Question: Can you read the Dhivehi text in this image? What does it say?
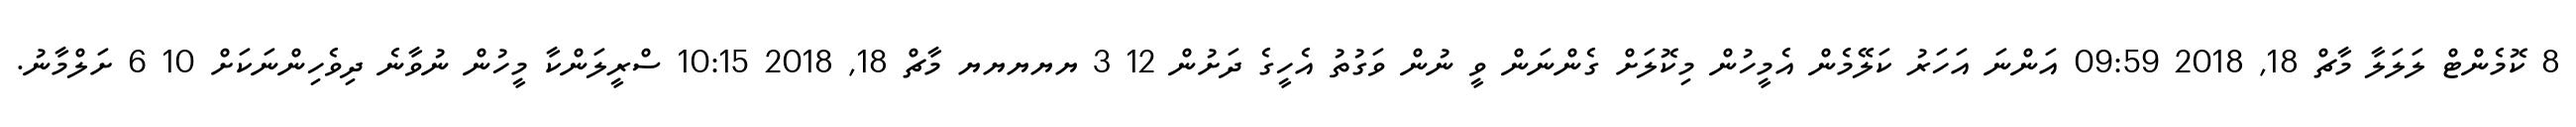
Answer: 8 ކޮމެންޓް ލަލަލާ މާޗް 18, 2018 09:59 އަންނަ އަހަރު ކަލޭމެން އެމީހުން މިކޮލަށް ގެންނަން ވީ ނުން ވަގުތު އެހީގެ ދަށުން 12 3 ޔޔޔޔޔ މާޗް 18, 2018 10:15 ސްރީލަންކާ މީހުން ނުވާނެ ދިވެހިންނަކަށް 10 6 ށަލްމާނު.